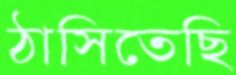
ঠাসিতেছি